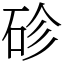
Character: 䂦